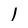
Character: 1